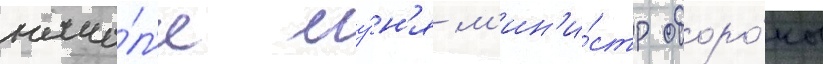
нача́л'е иу́н'я м'ин'и́стр оборо́ны